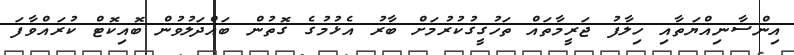
އިންސާނިއްޔަތާއި ހިލާފު ޖަރީމާތައް ތަހުގީގުކުރުމަށް ބާރު އެޅުމުގެ ގޮތުން ބައްދަލުވުން ބޮއިކޮޓް ކުރައްވާފަ